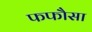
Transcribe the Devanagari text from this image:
फफौसा